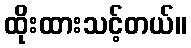
ထိုးထားသင့်တယ်။